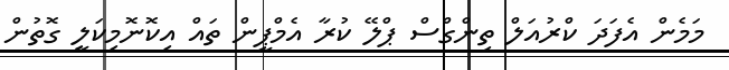
މަމެން އެފަދަ ކްރުއަލް ތިންގްސް ޕްލޭ ކުރާ އެމްޕީން ތައް އިކޮނޮމިކަލީ ގޮތުން